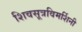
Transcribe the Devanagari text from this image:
शिवसूत्रविमर्शिनी